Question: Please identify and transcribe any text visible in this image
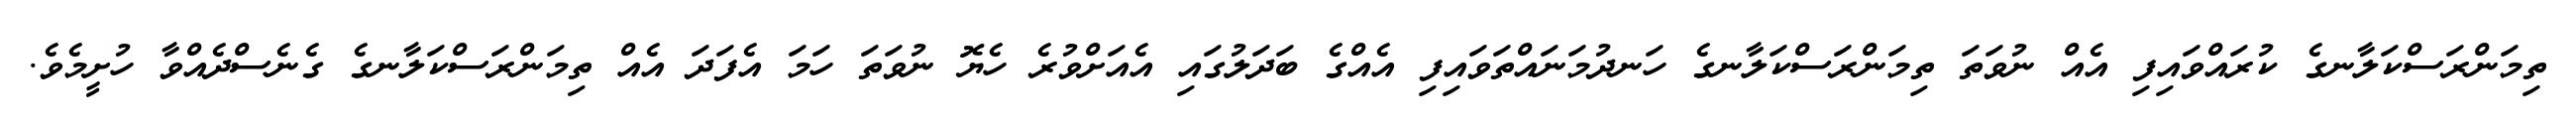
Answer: ތިމަންރަސްކަލާނގެ ކުރައްވައިފި އެއް ނުވަތަ ތިމަންރަސްކަލާނގެ ހަނދުމަނައްތަވައިފި އެއްގެ ބަދަލުގައި އެއަށްވުރެ ހެޔޮ ނުވަތަ ހަމަ އެފަދަ އެއް ތިމަންރަސްކަލާނގެ ގެނެސްދެއްވާ ހުށީމެވެ.